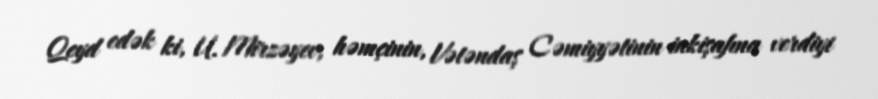
Qeyd edək ki, U. Mirzəyev, həmçinin, Vətəndaş Cəmiyyətinin inkişafına verdiyi